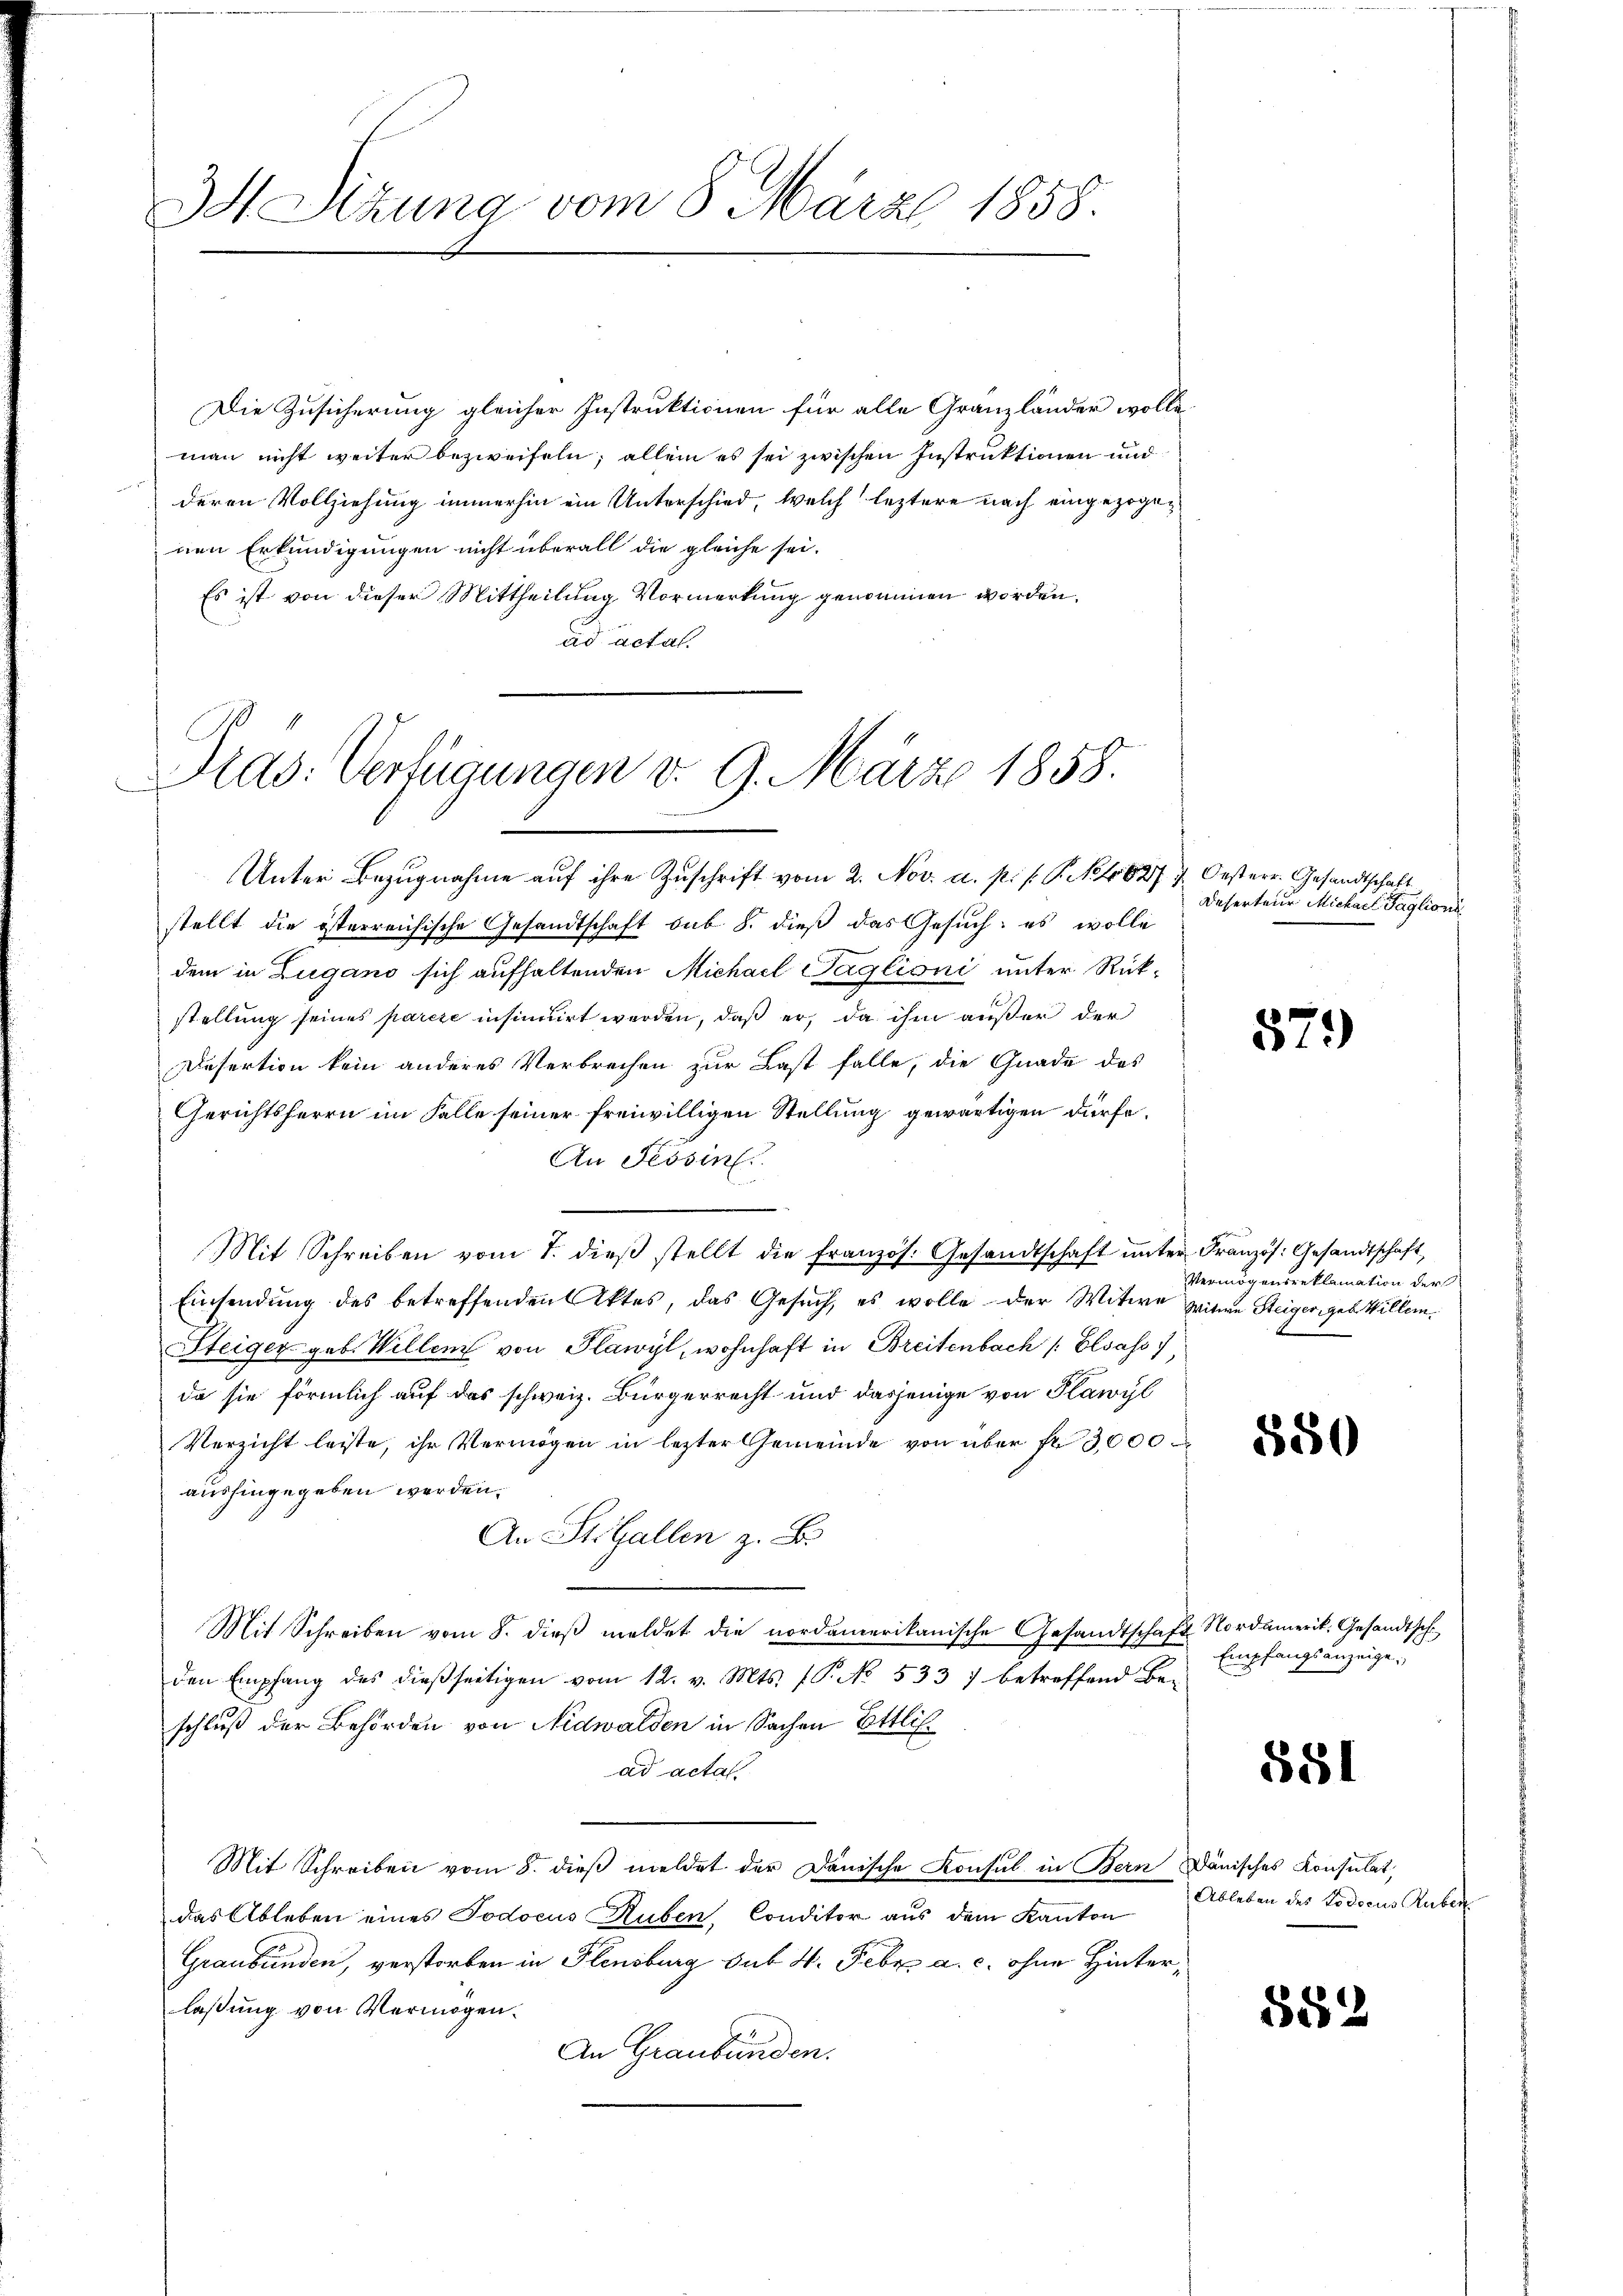
3 Sizung vom 8. März 1858.

Die Zusicherung gleicher Instruktionen für alle Granzländer wolleman nicht weiter bezweifeln; allein es sei zwischen Instruktionen und
deren Vollziehung immerhin ein Unterschied, welch leztere nach eingezogen
nen Erkundigungen nicht überall die gleiche sei.
Es ist von dieser Mittheilung Vormerkung genommen worden.
ad acta.

Pras: Verfügungen v. 9. März 1858.

Unter Bezugnahme aŭf ihre Zuschrift vom 2. Nov. a. p. P. P. Nr. 827 7. Oesterr. Gesandtschaft
stellt die österreichische Gesandtschaft sub 8. dieß das Gesuch: es wolle
dem in Zugano sich aufhaltenden Michael Taglioni unter Rück-
stellung seines pareze insinuirt werden, daß er, da ihm außer der
Desertion kein anderes Verbrechen zur Last falle, die Gnade des
Gerichtsherrn im Falle seiner freiwilligen Stellung gewärtigen dürfe.
An Tessin
s
Mit Schreiben vom 7. dieβ stellt die französ. Gesandtschaft unter Französ. Gesandtschaft,
Einsendung des betreffenden Aktes, das Gesuch, es wolle der Witwe Witwe Steiger geb. Willem.
Steiger geb. Willem von Plawyl, wohnhaft in Breitenbach /: Elsass
da sie förmlich auf das schweiz. Bürgerrecht und dasjenige von Plawyl
Verzicht leiste, ihr Vermögen in lezter Gemeinde von über fr. 3000
aushingegeben werden.
An St. Gallen z. B.
Mit Schreiben vom 8. dieβ meldet die nordamerikanische Gesandtschaft Nordamerik. Gesandtsch
den Empfang des dießseitigen vom 12. v. Mts. (T. No. 533 7 betreffend Be-
schluß der Behörden von Nidwalden in Sachen Ettliad acta
Mit Schreiben vom 8. dieβ meldet der Dänische Konsul in Bern, Dänisches Konsulat,
das Ableben eines Todocus Ruben, Conditor aus dem Kanton
Graubünden, verstorben in Plensburg sub N. Febr. a. c. ohne Hinterlaßung von Vermögen.
An Graubünden.

Deserteur Michael Paglioni

579

Vermögensreklamation der

550

Empfangsanzeige,

881

Ableben des Todocus Ruben

852